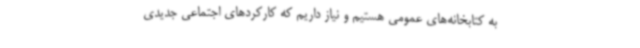
به کتابخانه‌های عمومی هستیم و نیاز داریم که کارکردهای اجتماعی جدیدی